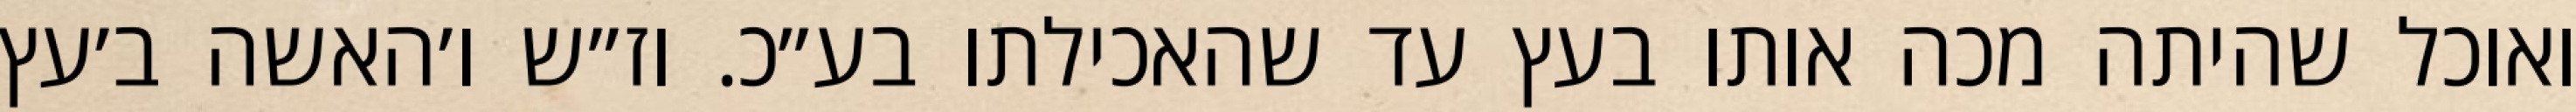
ואוכל שהיתה מכה אותו בעץ עד שהאכילתו בע״כ. וז״ש ו׳האשה ב׳עץ